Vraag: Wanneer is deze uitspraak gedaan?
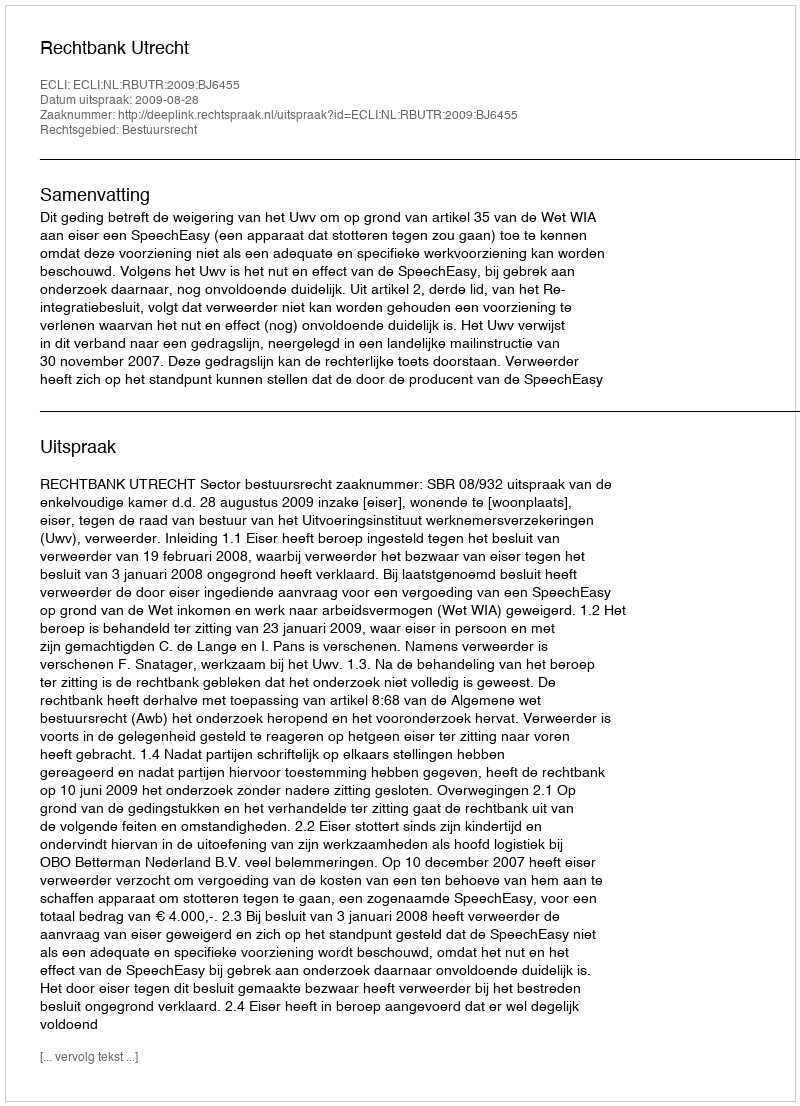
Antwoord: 2009-08-28